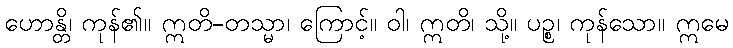
ဟောန္တိ၊ ကုန်၏။ ဣတိ-တသ္မာ၊ ကြောင့်။ ဝါ၊ ဣတိ၊ သို့။ ပဉ္စ၊ ကုန်သော။ ဣမေ